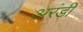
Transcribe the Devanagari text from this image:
अरंड़ी